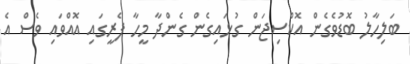
ބަލިހާލު ބޮޑުވެގެން އޮކްސިޖަން ގުޅައިގެން ގެންދާ މީހާ ފެރީގައި އޮއްވައި ވެސް އެ